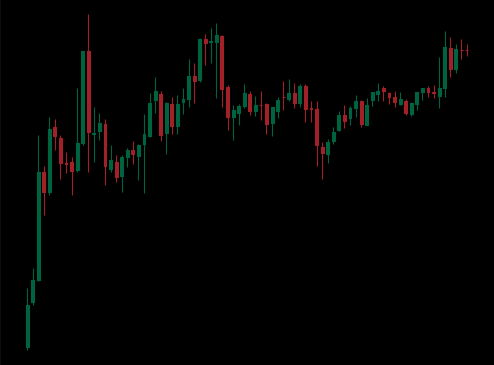
Pattern: unclassified